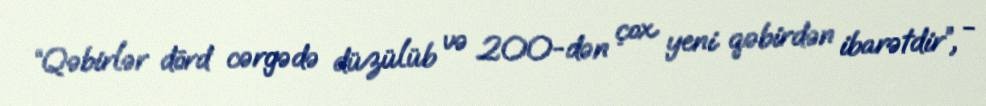
“Qəbirlər dörd cərgədə düzülüb və 200-dən çox yeni qəbirdən ibarətdir”, -